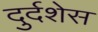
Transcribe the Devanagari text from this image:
दुर्दशेस